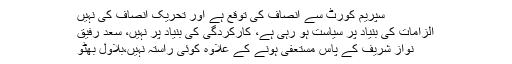
سپریم کورٹ سے انصاف کی توقع ہے اور تحریک انصاف کی نہیں
الزامات کی بنیاد پر سیاست ہو رہی ہے، کارکردگی کی بنیاد پر نہیں، سعد رفیق
نواز شریف کے پاس مستعفی ہونے کے علاوہ کوئی راستہ نہیں،بلاول بھٹو